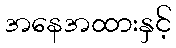
အနေအထားနှင့်